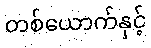
တစ်ယောက်နှင့်